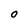
Character: O